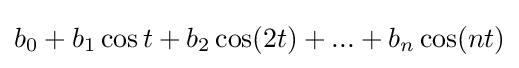
b_{0}+b_{1}\cos t+b_{2}\cos(2t)+...+b_{n}\cos(nt)